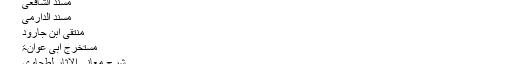
امام ابن حجر کی یہ کتاب درج ذیل کتب کے اطراف پر مشتمل ہے:
الموطا لامام مالک
مسند الشافعی
مسند الدارمی
منتقی ابن جارود
مستخرج ابی عوانۃ
شرح معانی الاثار لطحاوی
سنن الدار قطنی
حدیث نبوی کی ایسی کتب جن میں کچھ کتب حدیث کی احادیث پر کسی کتاب یا کتب سے زائد احادیث جمع کی جاتی ہیں۔